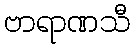
ဗာရာဏသီ